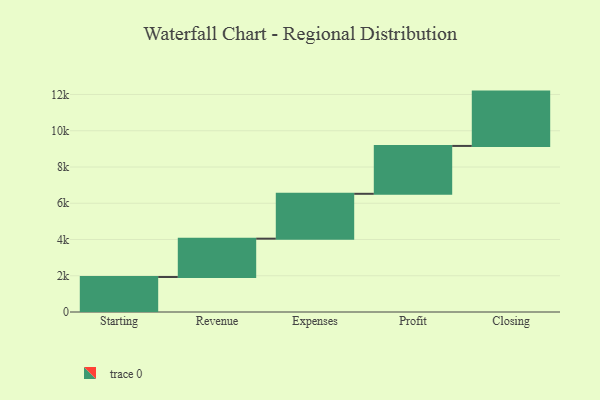
{"axis": {"x": "Step", "y": "Value"}, "legend": [""], "data": [{"x": "Starting", "y": 1931.0, "type": ""}, {"x": "Revenue", "y": 2115.0, "type": ""}, {"x": "Expenses", "y": 2475.0, "type": ""}, {"x": "Profit", "y": 2641.0, "type": ""}, {"x": "Closing", "y": 2997.0, "type": ""}]}